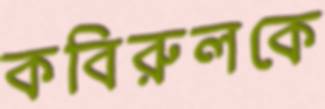
কবিরুলকে